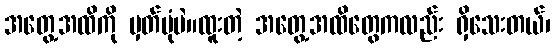
အတွေ့အထိကို မှတ်ပုံပဲ။ထူးတဲ့ အတွေ့အထိတွေကလည်း ရှိသေးတယ်၊